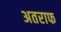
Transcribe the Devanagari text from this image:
अतराफ